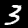
Digit: 3